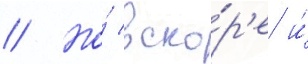
// Но́ вско́р'е и́